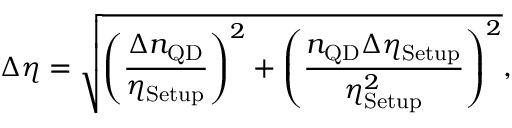
\Delta \eta = \sqrt { \left( \frac { \Delta n _ { \mathrm { Q D } } } { \eta _ { \mathrm { S e t u p } } } \right) ^ { 2 } + \left( \frac { n _ { \mathrm { Q D } } \Delta \eta _ { \mathrm { S e t u p } } } { \eta _ { \mathrm { S e t u p } } ^ { 2 } } \right) ^ { 2 } } ,